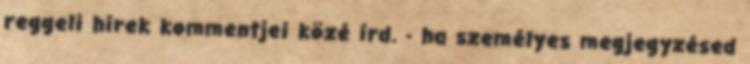
reggeli hírek kommentjei közé írd. - ha személyes megjegyzésed